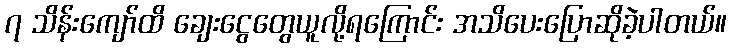
၇ သိန်းကျော်ထိ ချေးငွေတွေယူလို့ရကြောင်း အသိပေးပြောဆိုခဲ့ပါတယ်။